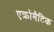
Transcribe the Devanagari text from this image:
एक्रोमैटिक